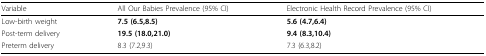
| Variable | All Our Babies Prevalence (95% CI) | Electronic Health Record Prevalence (95% CI) |
 | --- | --- | --- |
 | Low-birth weight | 7.5 (6.5,8.5) | 5.6 (4.7,6.4) |
 | Post-term delivery | 19.5 (18.0,21.0) | 9.4 (8.3,10.4) |
 | Preterm delivery | 8.3 (7.2,9.3) | 7.3 (6.3,8.2) |